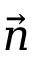
\vec { n }